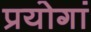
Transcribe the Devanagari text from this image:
प्रयोगां